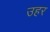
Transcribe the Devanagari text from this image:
उहर